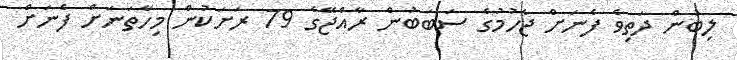
ލިބުން ދަތިވެ ފެނަށް ޖެހުމުގެ ސަބަބުން ރާއްޖޭގެ 79 ރަށަކުން މިހާތަނަށް ފެނަށް